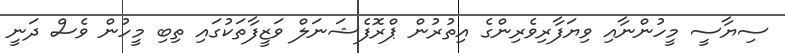
ސިޔާސީ މީހުންނާއި ވިޔަފާރިވެރިންގެ އިތުރުން ޕްރޮފެޝަނަލް ވަޒީފާތަކުގައި ތިބި މީހުން ވެސް ދަނީ